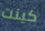
كينت